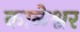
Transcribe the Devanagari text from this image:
काळेश्वर